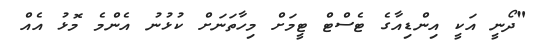
"ދޯނީ އަކީ އިންޑިއާގެ ޓެސްޓް ޓީމަށް މިހާތަނަށް ކުޅުުނު އެންމެ މޮޅު އެއް